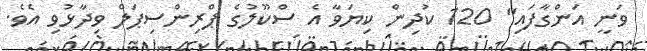
ވަނީ އަންގާފައި" 120 ކުދިން ކިޔަވާ އެ ސްކޫލުގެ ޕްރިންސިޕަލް ވިދާޅުވި އެވެ.